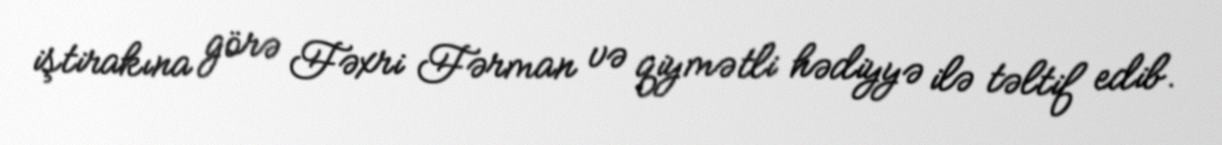
iştirakına görə Fəxri Fərman və qiymətli hədiyyə ilə təltif edib.